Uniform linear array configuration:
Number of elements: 64
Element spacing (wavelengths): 0.5
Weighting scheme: hamming
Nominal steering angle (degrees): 30
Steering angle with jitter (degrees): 29.655
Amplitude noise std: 0.05
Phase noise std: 0.05

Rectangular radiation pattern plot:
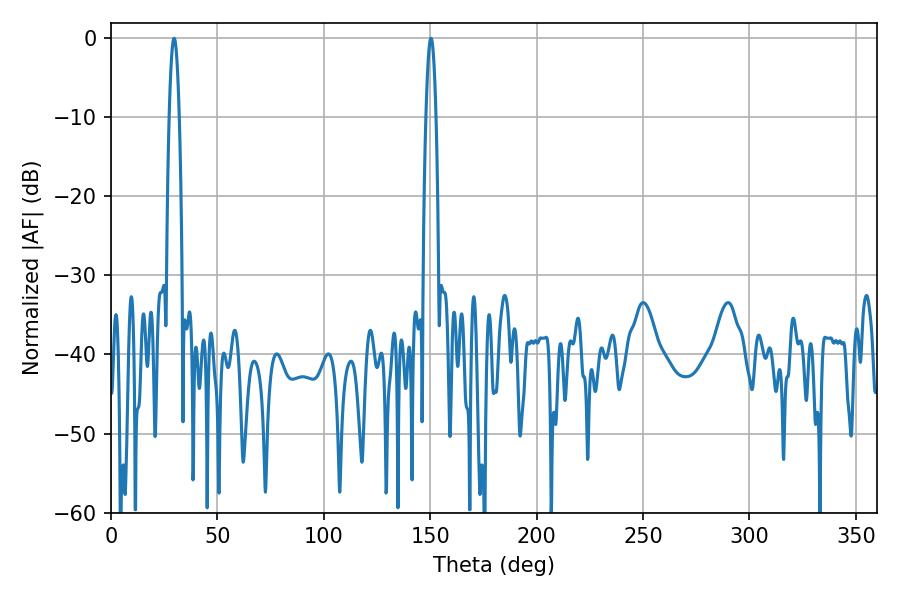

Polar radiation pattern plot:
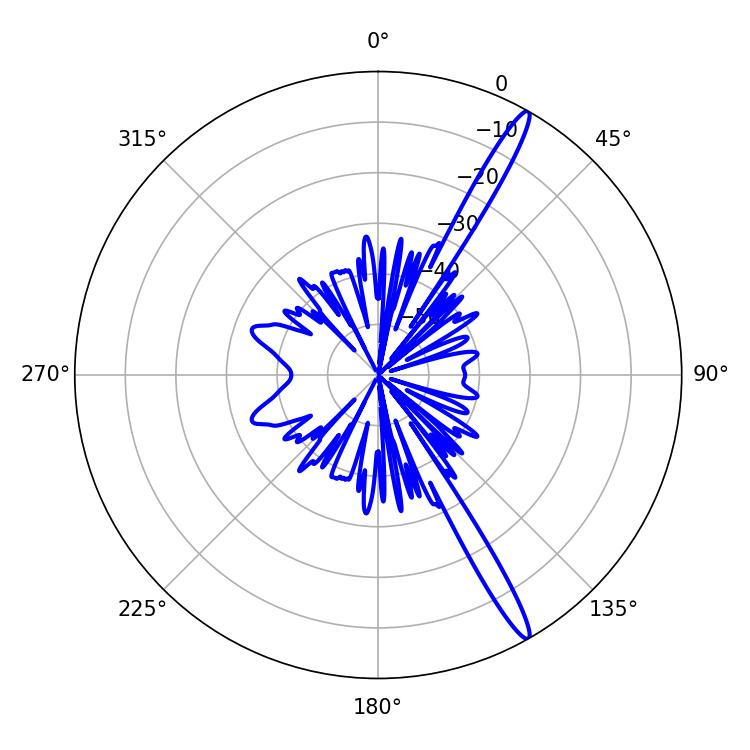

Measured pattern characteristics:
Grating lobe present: FALSE
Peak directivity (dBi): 16.113
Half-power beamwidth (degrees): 2.52
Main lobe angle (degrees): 150.3